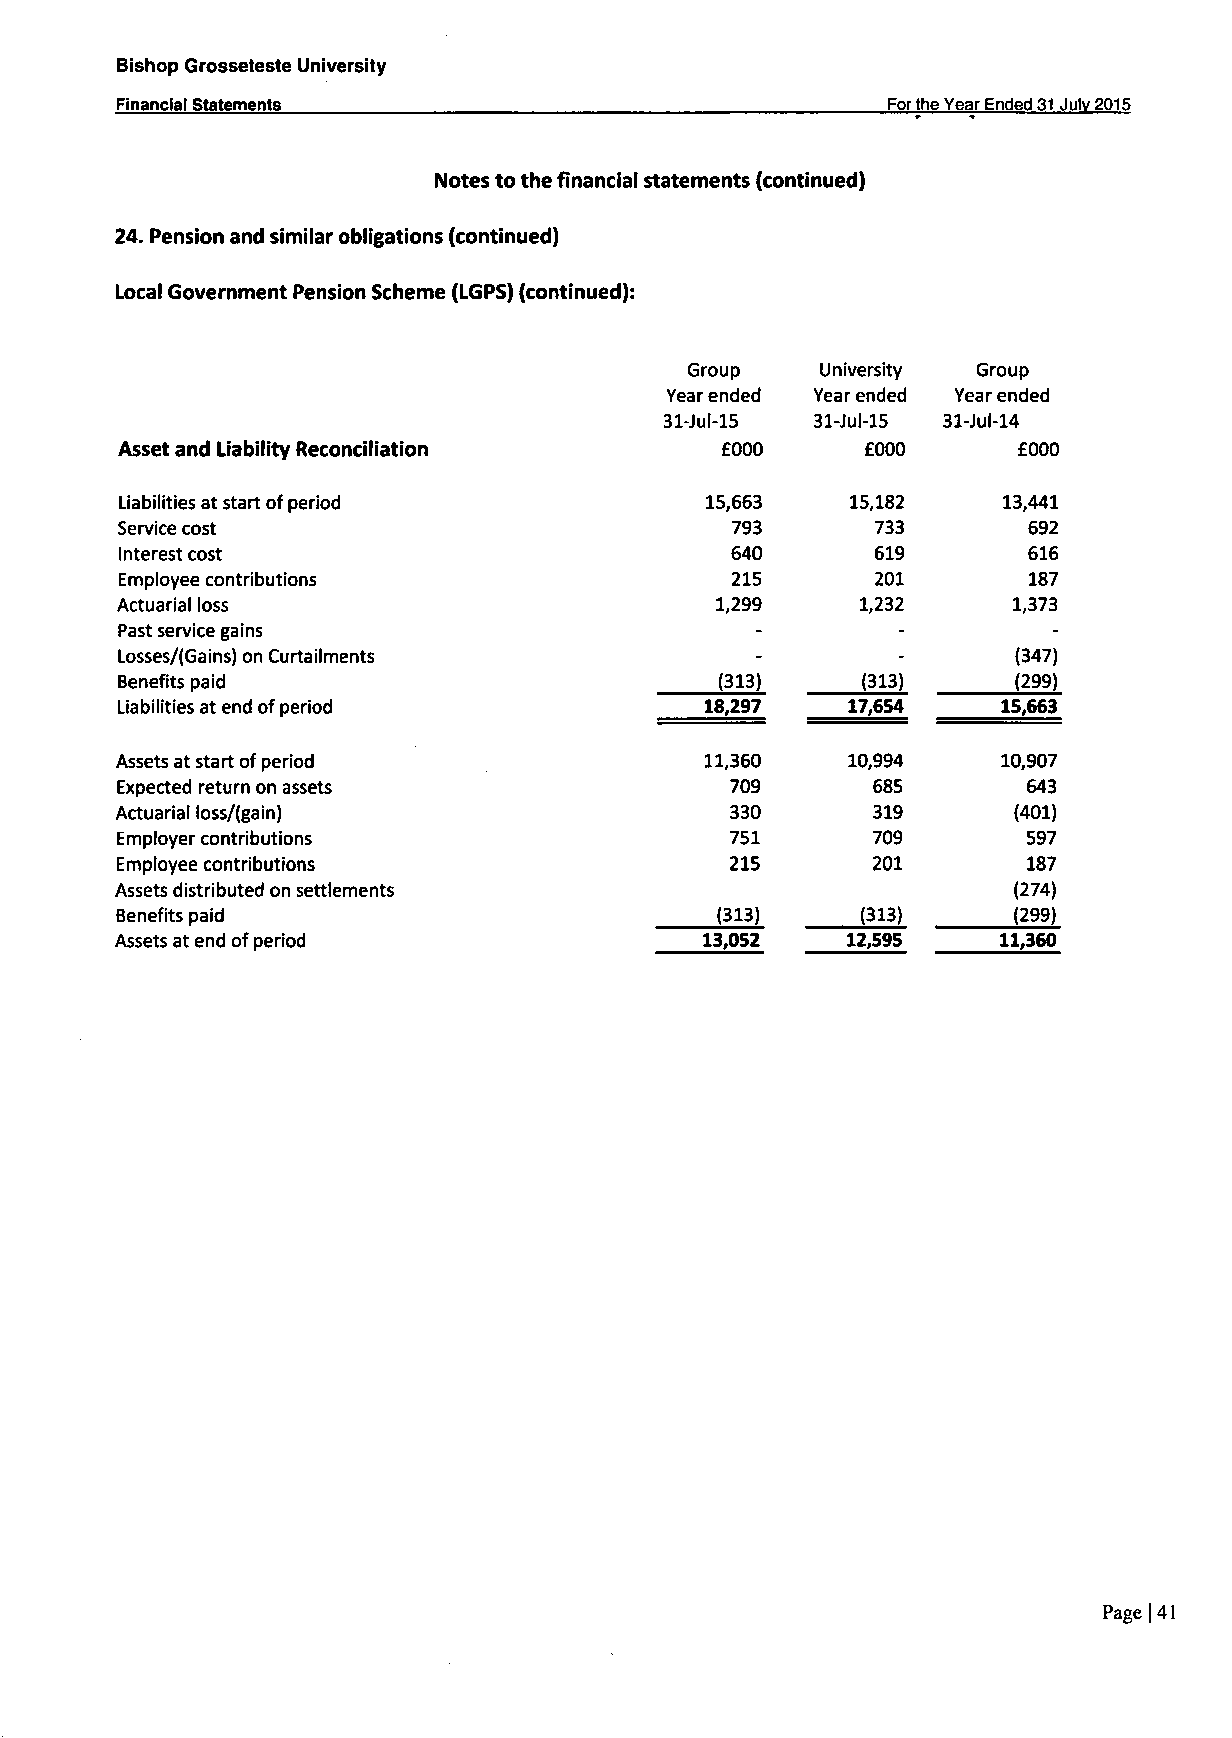
Bishop Grosseteste University
 Financial Statements                               For the Year Ended 31 Julv 2015
 Notes to the financial statements (continued)
 24. Pension and similar obligations (continued)
 Local Government Pension Scheme (LGPS) (continued):
 Group    University Group
 Year ended Year ended Year ended
 31-Jul-15 31-Jul-15 31-Jul-14
 Asset and Liability Reconciliation     £000      £000      £000
 Liabilities at start of period         15,663   15,182    13,441
 Service cost                            793       733       692
 Interest cost                           640       619       616
 Employee contributions                  215       201       187
 Actuarial loss                         1,299     1,232     1,373
 Past service gains
 Losses/(Gains) on Curtailments            -        -       (347)
 Benefits paid                           (313)    (313)     (299)
 Liabilities at end of period           18,297   17,654    15,663
 Assets at start of period              11,360   10,994    10,907
 Expected return on assets               709       685       643
 Actuarial loss/(gain)                   330       319      (401)
 Employer contributions                  751       709       597
 Employee contributions                  215       201       187
 Assets distributed on settlements                          (274)
 Benefits paid                          (313)     (313)     (299)
 Assets at end of period                13,052   12,595    11,360
 Page 141